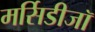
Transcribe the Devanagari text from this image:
मर्सिडीजॉ